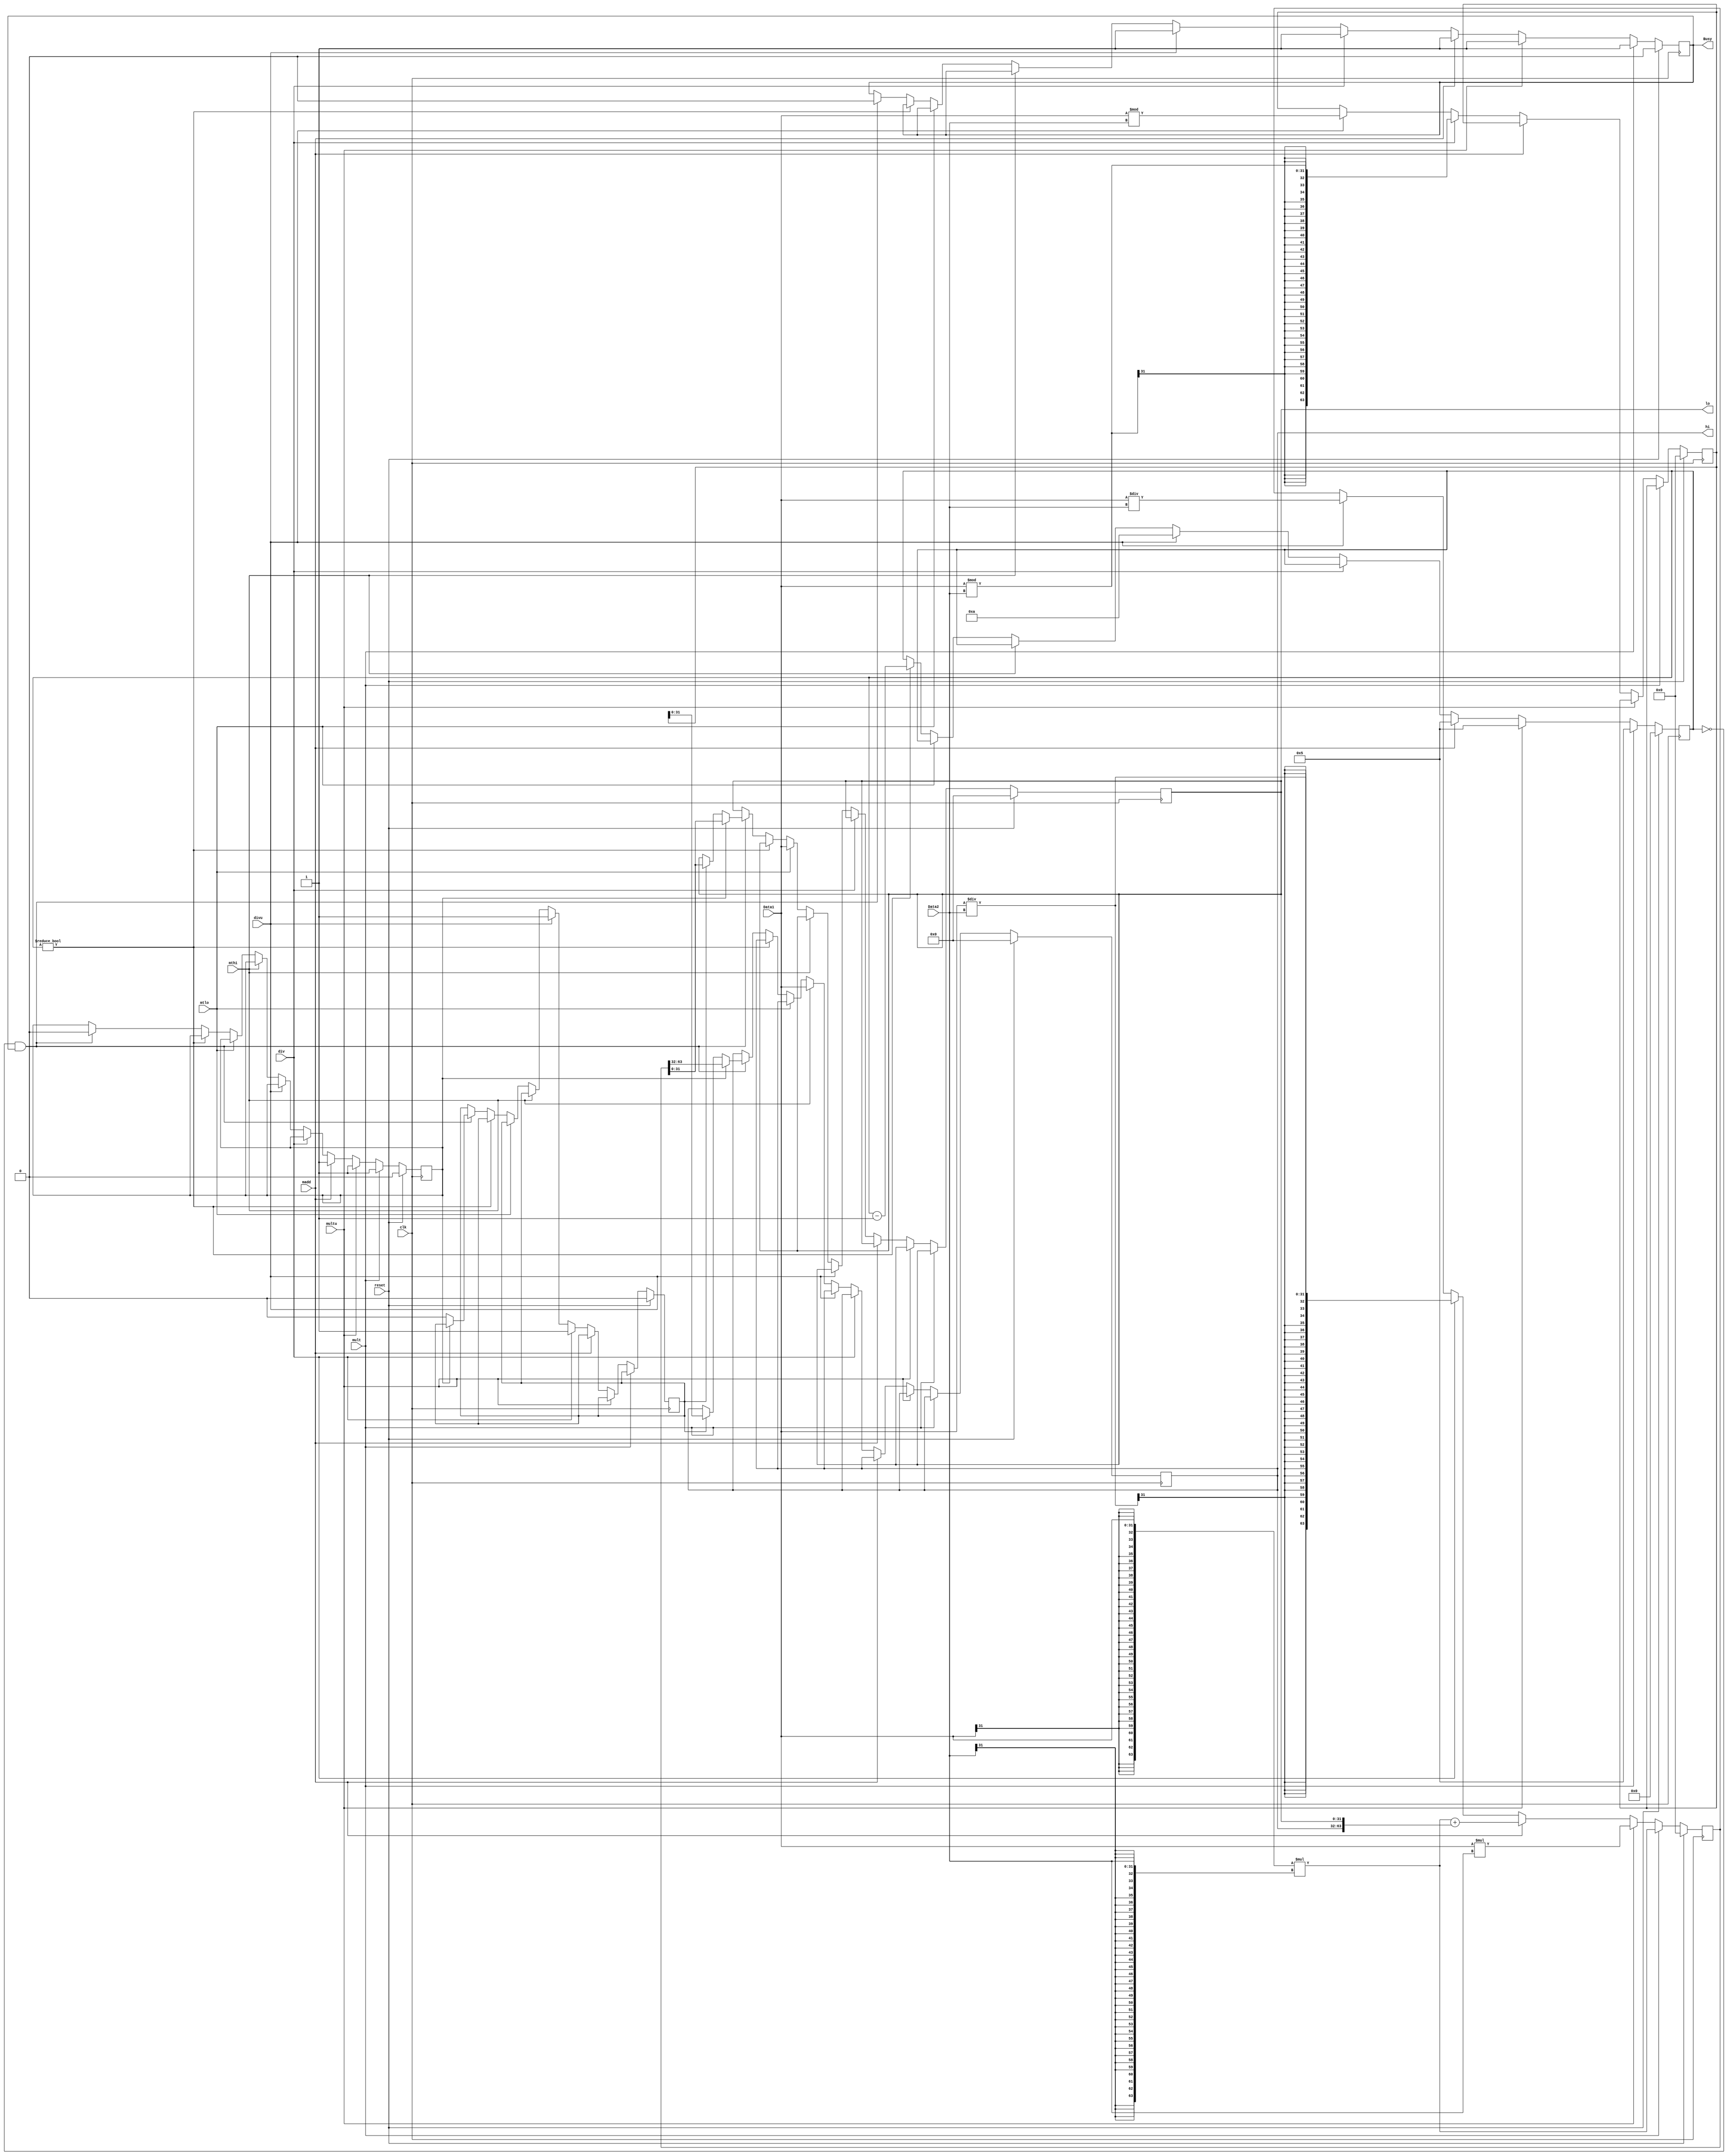
`timescale 1ns / 1ps
//////////////////////////////////////////////////////////////////////////////////
// Company: 
// Engineer: 
// 
// Design Name: 
// Module Name:    Mul_Div 
// Project Name: 
// Target Devices: 
// Tool versions: 
// Description: 
//
// Dependencies: 
//
// Revision: 
// Revision 0.01 - File Created
// Additional Comments: 
//
//////////////////////////////////////////////////////////////////////////////////
module Mul_Div(
    input [31:0] Data1,
    input [31:0] Data2,
	 input mult,
	 input multu,
	 input div,
	 input divu,
    input clk,
    input reset,
	 input mthi,
	 input mtlo,
	 input madd,
    output reg Busy,
	 output reg [31:0] hi,
	 output reg [31:0] lo
    );
	 
	 reg [4:0] counter;
	 reg [63:0] result, remain;
	 reg M, D;							//

	 initial 	begin
			counter <= 0;
			hi <= 0;
			lo <= 0;
			result <= 0;
			remain <= 0;
			Busy <= 0;
			M <= 0;
			D <= 0;
	 end
	 always @(posedge clk)	begin
			if(reset)	begin
				counter <= 0;
				hi <= 0;
				lo <= 0;
				result <= 0;
				remain <= 0;
				Busy <= 0;
				M <= 0;
				D <= 0;
			end
			else begin
				if(mult)		begin
					//mult
					//result <= $signed($signed(Data1) * $signed(Data2));
					//result <= 
					//result <= $signed(Data1) * $signed(Data2);
					result <= {{32{Data1[31]}}, Data1} * {{32{Data2[31]}}, Data2};
					counter <= 5;
					Busy <= 1;
					M <= 1;
				end
				else if(multu)	begin
					result <= {32'b0, Data1} * {32'b0, Data2};
					counter <= 5;
					Busy <= 1;
					M <= 1;
				end
				else if(madd) begin
					result <= {{32{Data1[31]}}, Data1} * {{32{Data2[31]}}, Data2} + {hi, lo};
					counter <= 5;
					Busy <= 1;
					M <= 1;
				end
				else if(div)	begin
					result <= $signed($signed(Data1) / $signed(Data2));
					remain <= $signed($signed(Data1) % $signed(Data2));
					Busy <= 1;
					D <= 1;
				end
				else if(divu)	begin
					result <= Data1 / Data2;
					remain <= Data1 % Data2;
					counter <= 10;
					Busy <= 1;
					D <= 1;
				end
				else if(mthi)
					hi <= Data1;
				else if(mtlo)
					lo <= Data1;
				else if(counter != 0)							//
					counter <= counter - 1;
				else if(counter == 0 && Busy)		begin		//	
					Busy <= 0;
					if(M)	begin
						hi <= result[63:32];
						lo <= result[31:0];
						M <= 0;
					end
					else if(D)	begin
						hi <= remain[31:0];
						lo <= result[31:0];
						D <= 0;
					end
				end
			end
	 end
endmodule